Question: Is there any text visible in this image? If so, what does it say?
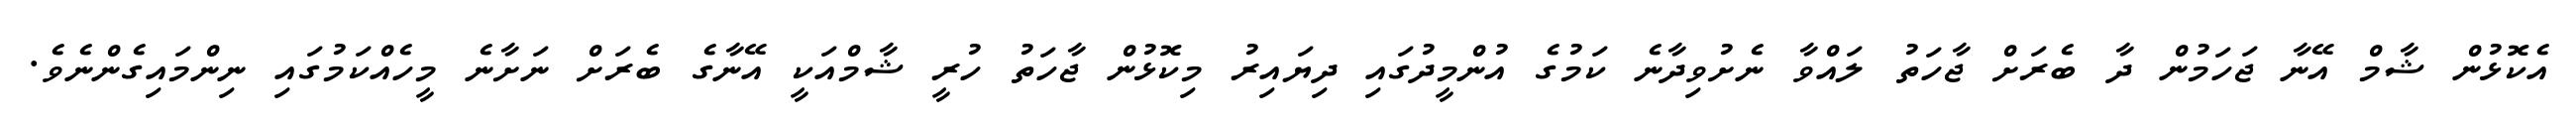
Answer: އެކޮޅުން ޝާމް އޭނާ ޖަހަމުން ދާ ބެރަށް ޖާހަތު ލައްވާ ނެށުވިދާނެ ކަމުގެ އުންމީދުގައި ދިޔައިރު މިކޮޅުން ޖާހަތު ހުރީ ޝާމްއަކީ އޭނާގެ ބެރަށް ނަށާނެ މީހެއްކަމުގައި ނިންމައިގެންނެވެ.